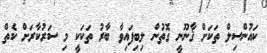
ކައުންސިލް ތަކަށް ޤާނޫނީ ގޮތުން ލިބިފައިވާ ބާރު ތަކަކީ މި ސަރުކާރަށް ކެތް